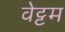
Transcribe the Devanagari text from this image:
वेट्टम